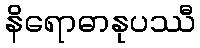
နိရောဓာနုပဿီ